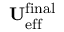
\mathbf { U } _ { \mathrm { e f f } } ^ { \mathrm { f i n a l } }